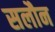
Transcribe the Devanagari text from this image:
सलौन